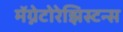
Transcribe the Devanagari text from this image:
मॅग्नेटोरेझिस्टन्स